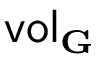
\mathsf { v o l } _ { \mathbf { G } }